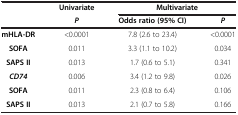
<table><thead><tr><td><b> </b></td><td><b>Univariate</b></td><td colspan="2"><b>Multivariate</b></td></tr><tr><td><b> </b></td><td><b><i>P</i></b></td><td><b>Odds ratio (95% CI)</b></td><td><b><i>P</i></b></td></tr></thead><tbody><tr><td><b>mHLA-DR</b></td><td>&lt;0.0001</td><td>7.8 (2.6 to 23.4)</td><td>&lt;0.0001</td></tr><tr><td><b>SOFA</b></td><td>0.011</td><td>3.3 (1.1 to 10.2)</td><td>0.034</td></tr><tr><td><b>SAPS II</b></td><td>0.013</td><td>1.7 (0.6 to 5.1)</td><td>0.341</td></tr><tr><td><b><i>CD74</i></b></td><td>0.006</td><td>3.4 (1.2 to 9.8)</td><td>0.026</td></tr><tr><td><b>SOFA</b></td><td>0.011</td><td>2.3 (0.8 to 6.4)</td><td>0.106</td></tr><tr><td><b>SAPS II</b></td><td>0.013</td><td>2.1 (0.7 to 5.8)</td><td>0.166</td></tr></tbody></table>